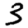
Digit: 3